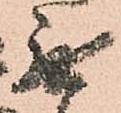
無